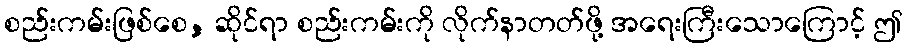
စည်းကမ်းဖြစ်စေ, ဆိုင်ရာ စည်းကမ်းကို လိုက်နာတတ်ဖို့ အရေးကြီးသောကြောင့် ဤ